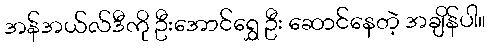
အန်အယ်လ်ဒီကို ဦးအောင်ရွှေ ဦး ဆောင်နေတဲ့ အချိန်ပါ။